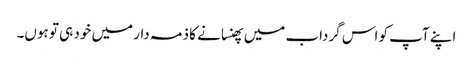
اپنے آپ کو اس گرداب میں پھنسانے کا ذمہ دار میں خود ہی تو ہوں۔